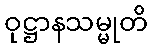
ဝုဋ္ဌာနသမ္မုတိ